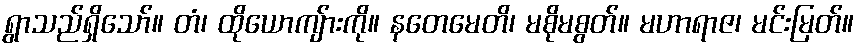
ရွာသည်ရှိသော်။ တံ၊ ထိုယောကျ်ားကို။ နတေမေတိ၊ မစိုမစွတ်။ မဟာရာဇ၊ မင်းမြတ်။